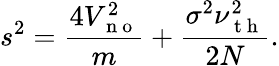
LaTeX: s^{2}=\frac{4V_{\mathrm{~n~o~}}^{2}}{m}+\frac{\sigma^{2}\nu_{\mathrm{~t~h~}}^{2}}{2N}.